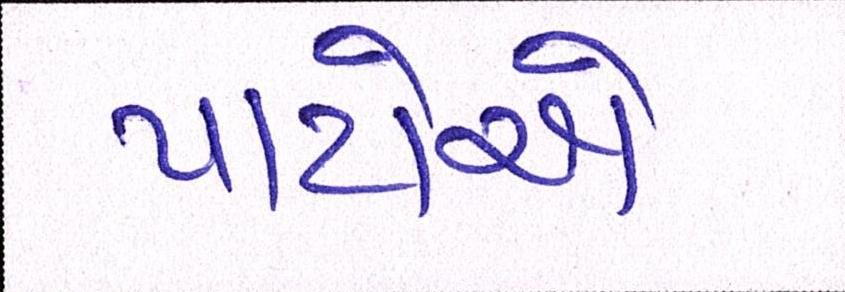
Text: પાયેએ